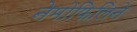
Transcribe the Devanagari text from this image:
नेमोफिलिने